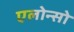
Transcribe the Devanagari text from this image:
एलोन्सो